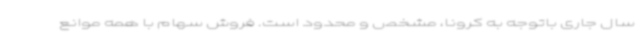
سال جاری باتوجه به کرونا، مشخص و محدود است. فروش سهام با همه موانع